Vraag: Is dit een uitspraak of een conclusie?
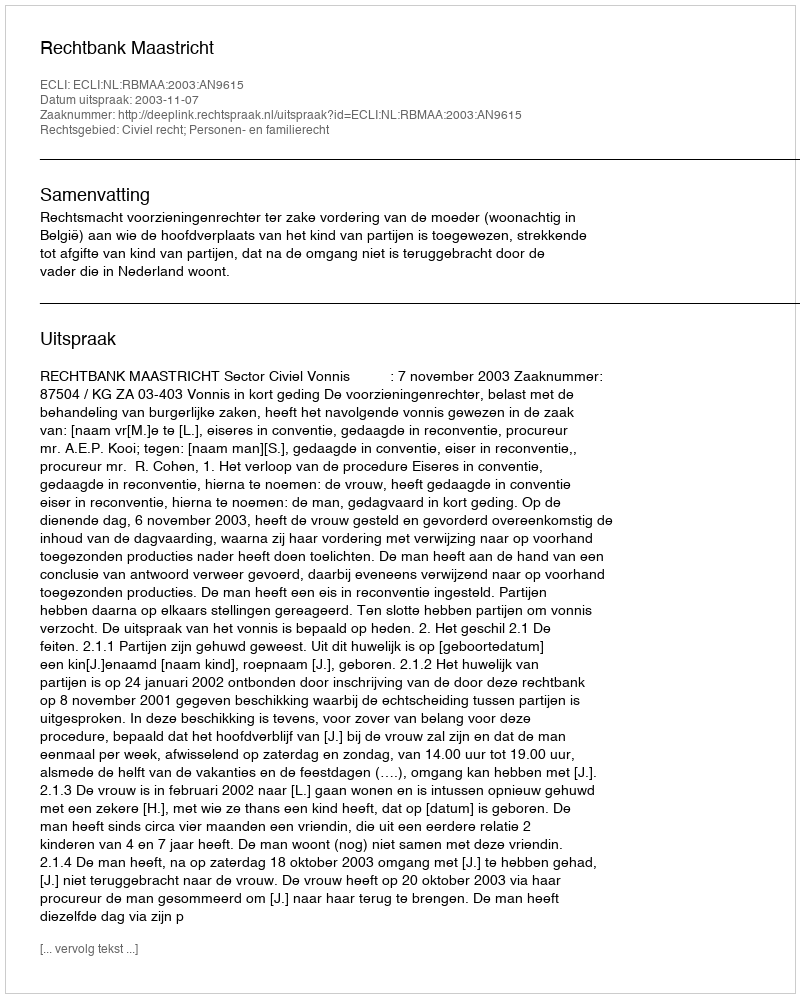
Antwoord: Uitspraak